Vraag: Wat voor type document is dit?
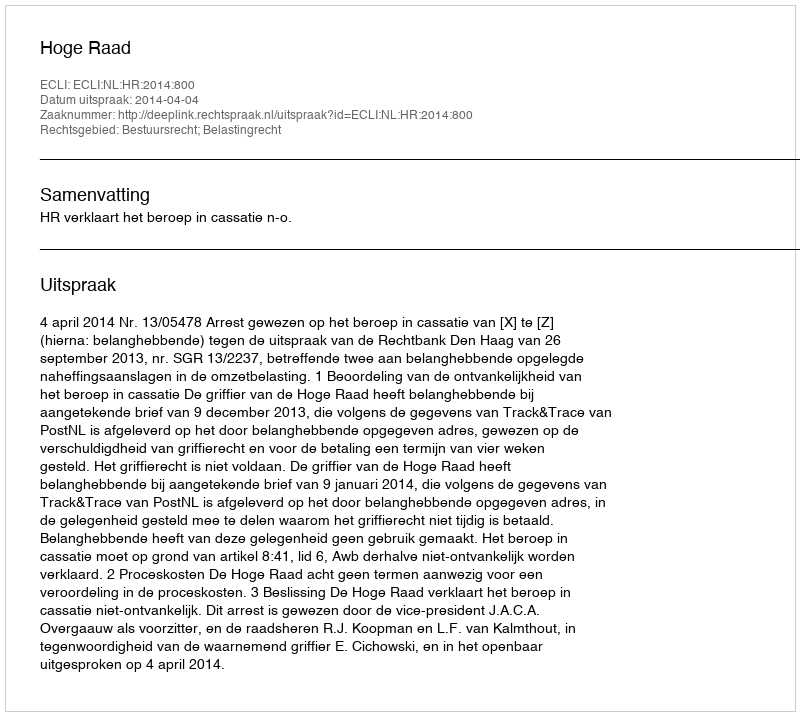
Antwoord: Uitspraak